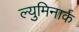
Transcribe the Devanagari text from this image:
ल्युमिनार्क